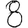
Digit: 8